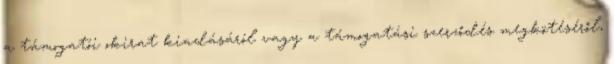
a támogatói okirat kiadásáról vagy a támogatási szerződés megkötéséről,